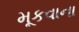
મૂકવાના